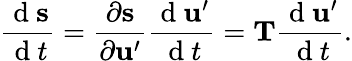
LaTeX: \frac{\mathrm{~d~}\mathbf{s}}{\mathrm{~d~}t}=\frac{\partial\mathbf{s}}{\partial\mathbf{u}^{\prime}}\frac{\mathrm{~d~}\mathbf{u}^{\prime}}{\mathrm{~d~}t}=\mathbf{T}\frac{\mathrm{~d~}\mathbf{u}^{\prime}}{\mathrm{~d~}t}.